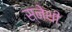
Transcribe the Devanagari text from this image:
स्नेथी